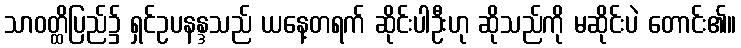
သာဝတ္ထိပြည်၌ ရှင်ဥပနန္ဒသည် ယနေ့တရက် ဆိုင်းပါဦးဟု ဆိုသည်ကို မဆိုင်းပဲ တောင်း၏။